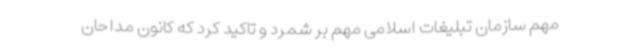
مهم سازمان تبلیغات اسلامی مهم بر شمرد و تاکید کرد که کانون مداحان